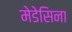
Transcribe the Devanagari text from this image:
मेडेसिना